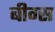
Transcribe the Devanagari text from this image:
बीग्स